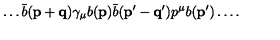
\dots { \bar { b } ( { \mathbf { p + q } } ) \gamma _ { \mu } } { b ( { \mathbf { p } } ) } { \bar { b } ( { \mathbf { p ^ { \prime } - q ^ { \prime } } } ) p ^ { \mu } } b ( \mathbf { p ^ { \prime } } ) \dots .